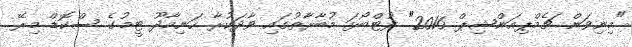
"މިނިވަން ޗެމްޕިއަންޝިޕް 2016" ފުޓްބޯޅަ މުބާރާތުގައި ވާދަކުރާ ހަނިމާދޫ ޓީމުގެ ސްކޮޑް މިރޭ